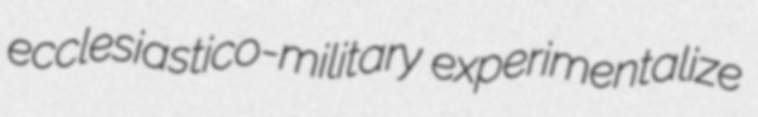
ecclesiastico-military experimentalize